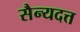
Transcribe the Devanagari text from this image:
सैन्यदत्त